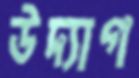
উদ্যাগ